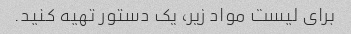
برای لیست مواد زیر، یک دستور تهیه کنید.